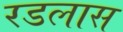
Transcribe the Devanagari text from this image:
रडलास